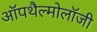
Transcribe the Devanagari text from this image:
ऑपथैल्मोलॉजी